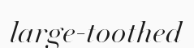
large-toothed